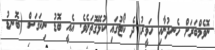
ނޮވެމްބަރަށް ހެނދުނާއި ހަވީރު ދެ ކޯޓުގައި ކުޅޭގޮތަށެވެ. އެއީ ބޮޑު ނިކަގަސް (ބޮނޑު